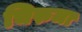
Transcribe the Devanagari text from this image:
चिरुमा